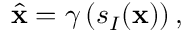
\widehat { \mathbf { x } } = \gamma \left( s _ { I } ( \mathbf { x } ) \right) ,